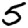
Digit: 5